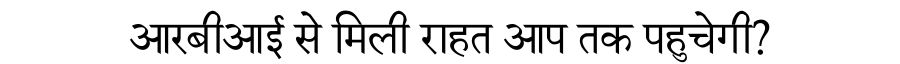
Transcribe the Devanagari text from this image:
आरबीआई से मिली राहत आप तक पहुचेगी?